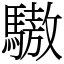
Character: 䮯